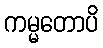
ကမ္မတောပိ